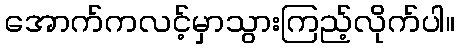
အောက်ကလင့်မှာသွားကြည့်လိုက်ပါ။